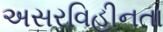
અસરવિહીનતા